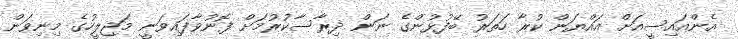
އެންއައިސީއަށް އައްޔަން ކުރާ ހަތަރު ބޭފުޅުންގެ ނަން ދިރާސާކުރުމަށް ފޮނުވާފައިވަނީ މަޖިލީހުގެ މިނިވަން